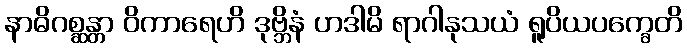
နာဓိဂစ္ဆန္တာ ဝိကာရေဟိ ဒုဗ္ဘိနံ ဟဒါမိ ရာဂါနုသယံ ရူပိယပက္ခေတိ